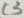
Text: C3